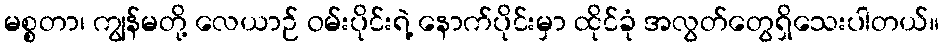
မစ္စတာ၊ ကျွန်မတို့ လေယာဉ် ဝမ်းပိုင်းရဲ့ နောက်ပိုင်းမှာ ထိုင်ခုံ အလွတ်တွေရှိသေးပါတယ်။